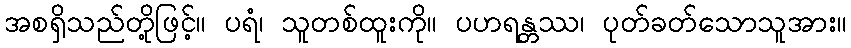
အစရှိသည်တို့ဖြင့်။ ပရံ၊ သူတစ်ထူးကို။ ပဟရန္တဿ၊ ပုတ်ခတ်သောသူအား။